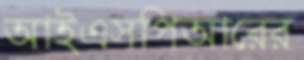
আইএসপিআরের